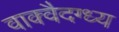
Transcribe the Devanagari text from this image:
वाक्वैदग्ध्य